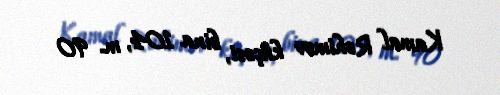
Kamal Rəhimov küçəsi, bina 104, m. 90